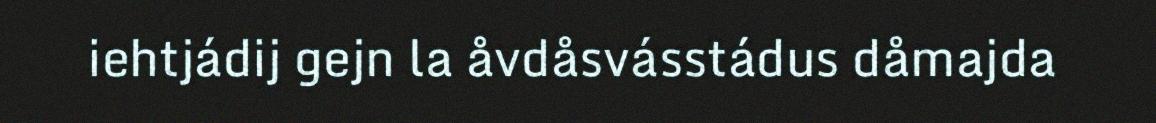
iehtjádij gejn la åvdåsvásstádus dåmajda